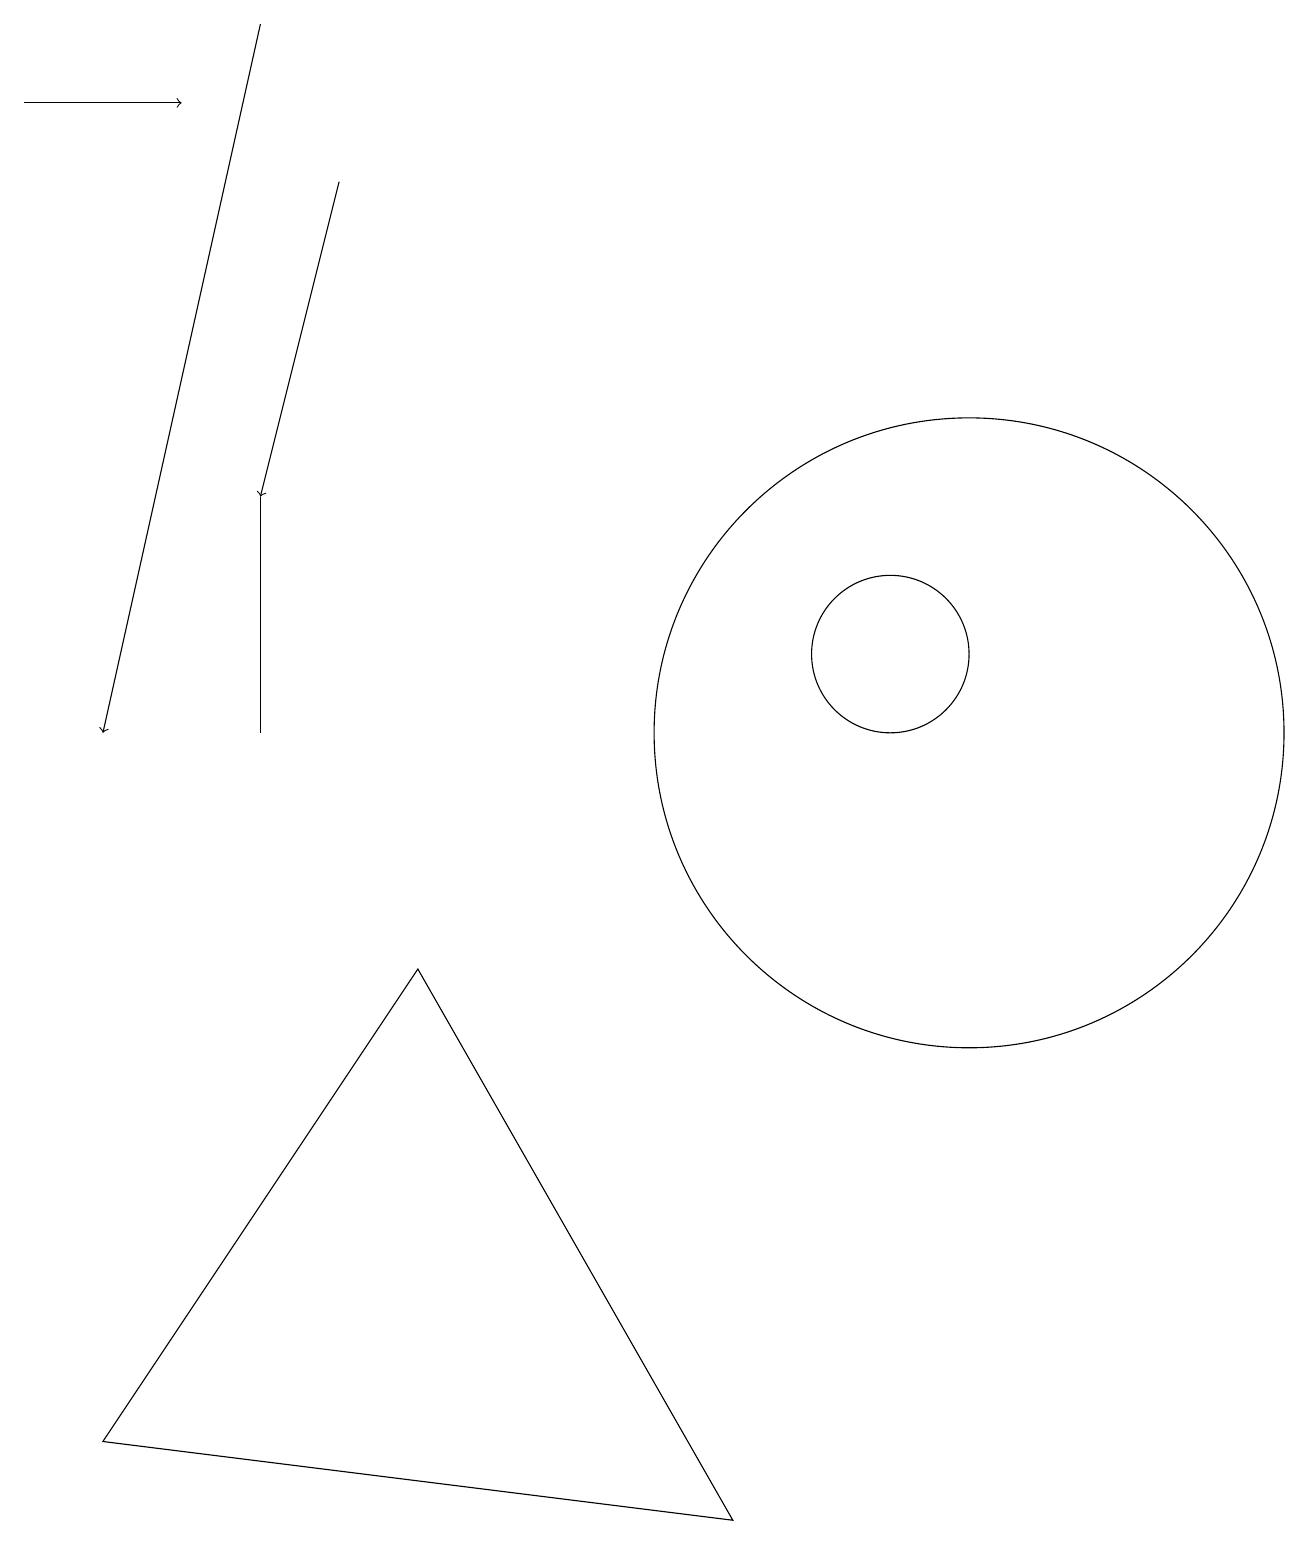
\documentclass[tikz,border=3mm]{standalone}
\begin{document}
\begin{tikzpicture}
\draw[->] (3,19) -- (1,10);
\draw (5,7) -- (9,0) -- (1,1) -- cycle;
\draw[->] (0,18) -- (2,18);
\draw (3,10) rectangle (3,13);
\draw (11,11) circle (1);
\draw[->] (4,17) -- (3,13);
\draw (12,10) circle (4);
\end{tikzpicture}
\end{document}